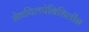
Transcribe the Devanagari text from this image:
मेथयिलपेनिसिलीन